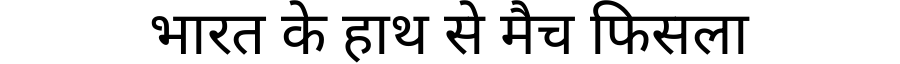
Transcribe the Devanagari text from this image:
भारत के हाथ से मैच फिसला